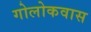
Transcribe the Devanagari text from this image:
गोलोकवास